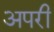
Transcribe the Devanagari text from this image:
अपरी